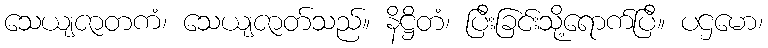
သေယျဇာတကံ၊ သေယျဇာတ်သည်။ နိဋ္ဌိတံ၊ ပြီးခြင်းသို့ရောက်ပြီ။ ပဌမော၊